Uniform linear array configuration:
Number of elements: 8
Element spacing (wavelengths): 0.75
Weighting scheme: binomial
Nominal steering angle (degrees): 45
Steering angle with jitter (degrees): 46.057
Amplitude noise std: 0.05
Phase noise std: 0.05

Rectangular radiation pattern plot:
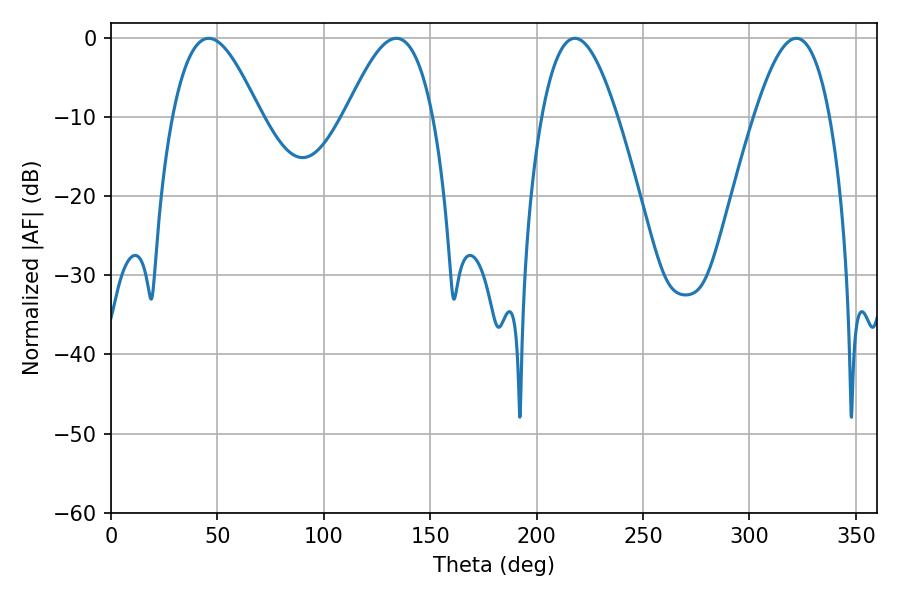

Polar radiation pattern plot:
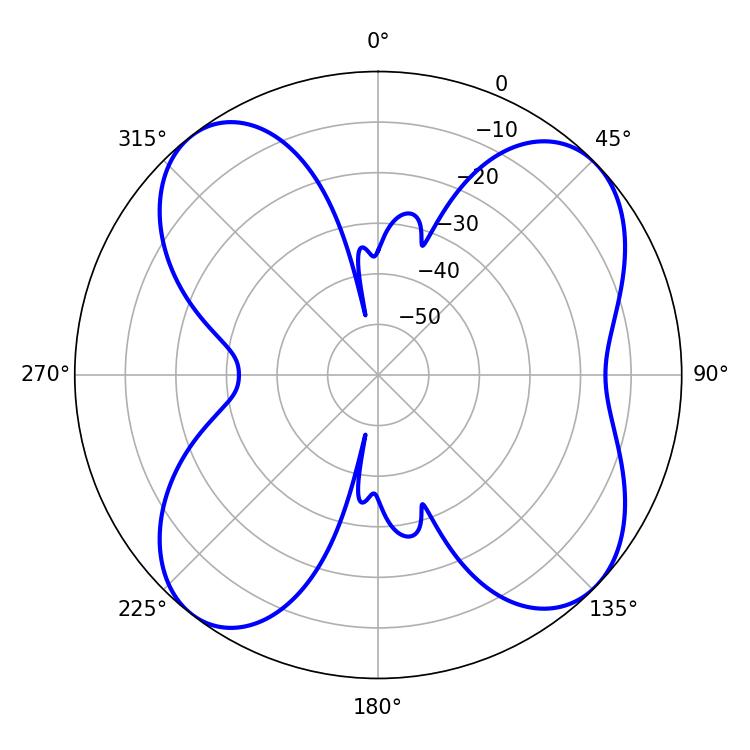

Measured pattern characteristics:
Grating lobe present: TRUE
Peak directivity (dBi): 10.422
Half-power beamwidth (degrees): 22.14
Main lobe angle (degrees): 45.9